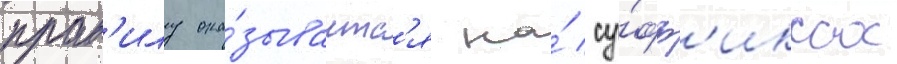
прав'илу ока́зываетс'я на́ су́фф'иксах